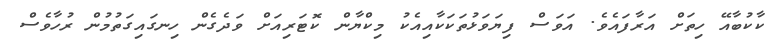
ކާކުބާއޭ ހިތަށް އަރާފައެވެ. އަވަސް ފިޔަވަޅުތަކަކާއިއެކު މިކްޔާން ކޮޓަރިއަށް ވަދެގެން ހިނގައިގަތުމުން ރުހާވެސް